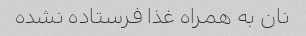
نان به همراه غذا فرستاده نشده